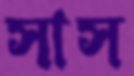
সাস